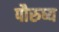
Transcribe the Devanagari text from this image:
पौरुष्य